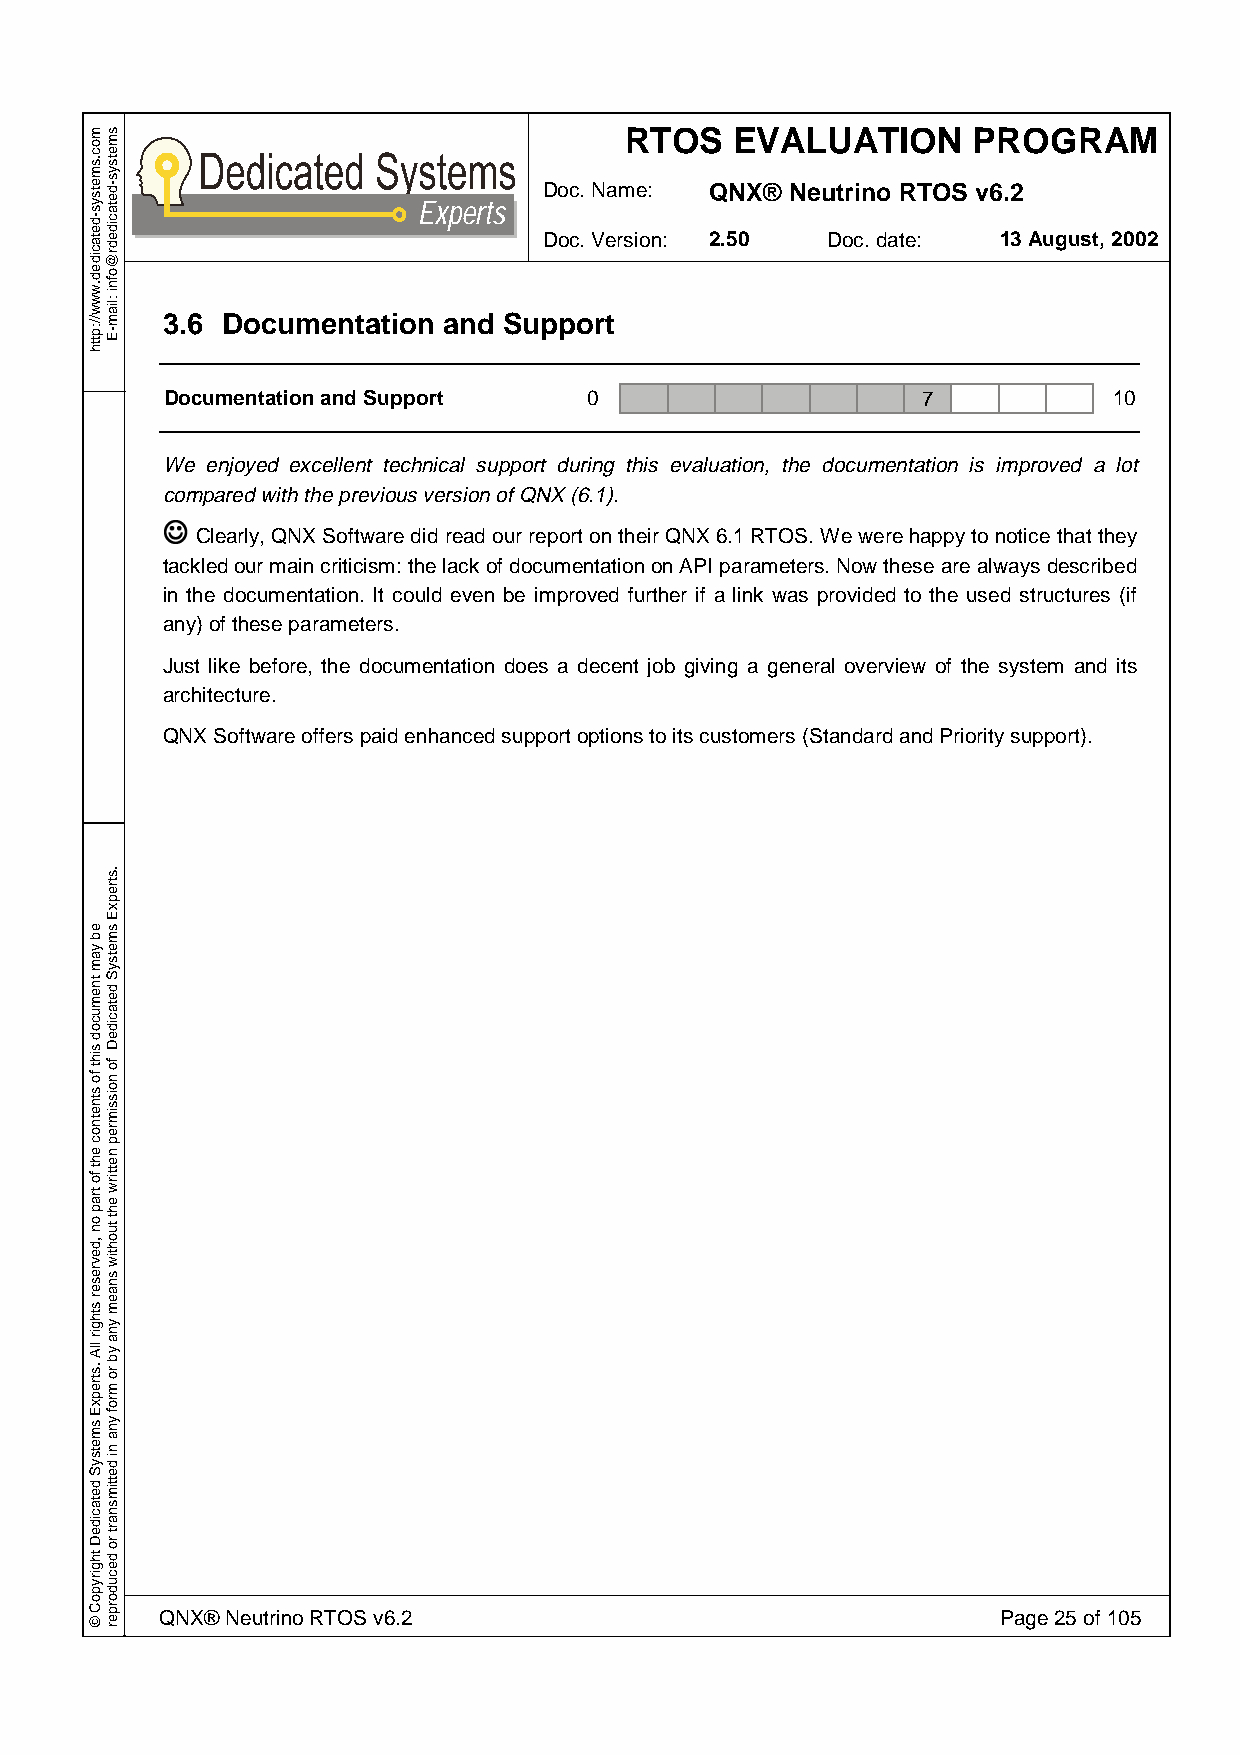
RTOS    EVALUATION     PROGRAM
 Doc. Name: QNX® Neutrino RTOS v6.2
 Experts
 Doc. Version: 2.50 Doc. date: 13 August, 2002
 3.6 Documentation and Support
 Documentation and Support   0                     7            10
 We enjoyed excellent technical support during this evaluation, the documentation is improved a lot
 cJompared with the previous version of QNX (6.1).
 Clearly, QNX Software did read our report on their QNX 6.1 RTOS. We were happy to notice that they
 tackled our main criticism: the lack of documentation on API parameters. Now these are always described
 in the documentation. It could even be improved further if a link was provided to the used structures (if
 any) of these parameters.
 Just like before, the documentation does a decent job giving a general overview of the system and its
 architecture.
 QNX Software offers paid enhanced support options to its customers (Standard and Priority support).
 QNX® Neutrino RTOS v6.2                                Page 25 of 105
 moc.smetsys-detacided.www//:ptth
 eb
 yam
 tnemucod
 siht
 fo
 stnetnoc
 eht
 fo
 trap
 on
 ,devreser
 sthgir
 llA
 .strepxE
 smetsyS
 detacideD
 thgirypoC
 ©
 smetsys-detacidedr@ofni
 :liam-E
 .strepxE
 smetsyS
 detacideD
 fo
 noissimrep
 nettirw
 eht
 tuohtiw
 snaem
 yna
 yb
 ro
 mrof
 yna
 ni
 dettimsnart
 ro
 decudorper